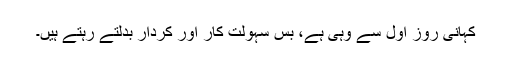
کہانی روز اول سے وہی ہے، بس سہولت کار اور کردار بدلتے رہتے ہیں۔